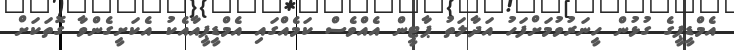
އެމްޑީޕީގެ ގުޅުން ހީނަރުވުމަށްފަހު އަދާލަތު ޕާޓީން އެއްވެސް ކަމެއްގައި އެމްޑީޕީއާއެކު އެކަށީގެންވާ ގޮތަކަށް